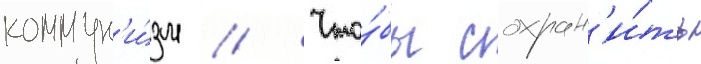
коммун'и́зм // Что́бы сохран'и́ть